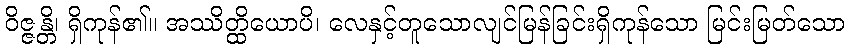
ဝိဇ္ဇန္တိ၊ ရှိကုန်၏။ အဿိတ္ထိယောပိ၊ လေနှင့်တူသောလျင်မြန်ခြင်းရှိကုန်သော မြင်းမြတ်သော